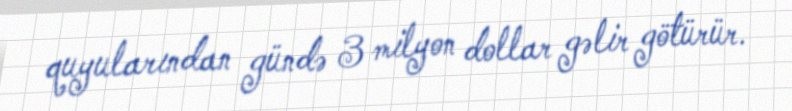
quyularından gündə 3 milyon dollar gəlir götürür.